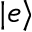
| e \rangle